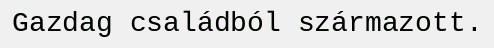
Gazdag családból származott.